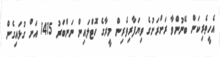
އެހީތެރިކަން ބޭނުންވާ ރަށްރަށުގެ ވިޔަފާރިވެރިން މީރާގެ ހޮޓްލައިން ނަންބަރު 1415 އަށް ގުޅައިގެން